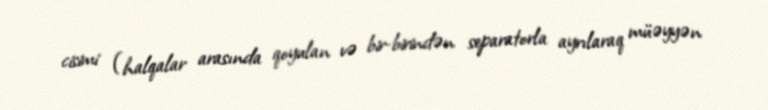
cisimi (halqalar arasında qoyulan və bir-birindən separatorla ayrılaraq müəyyən